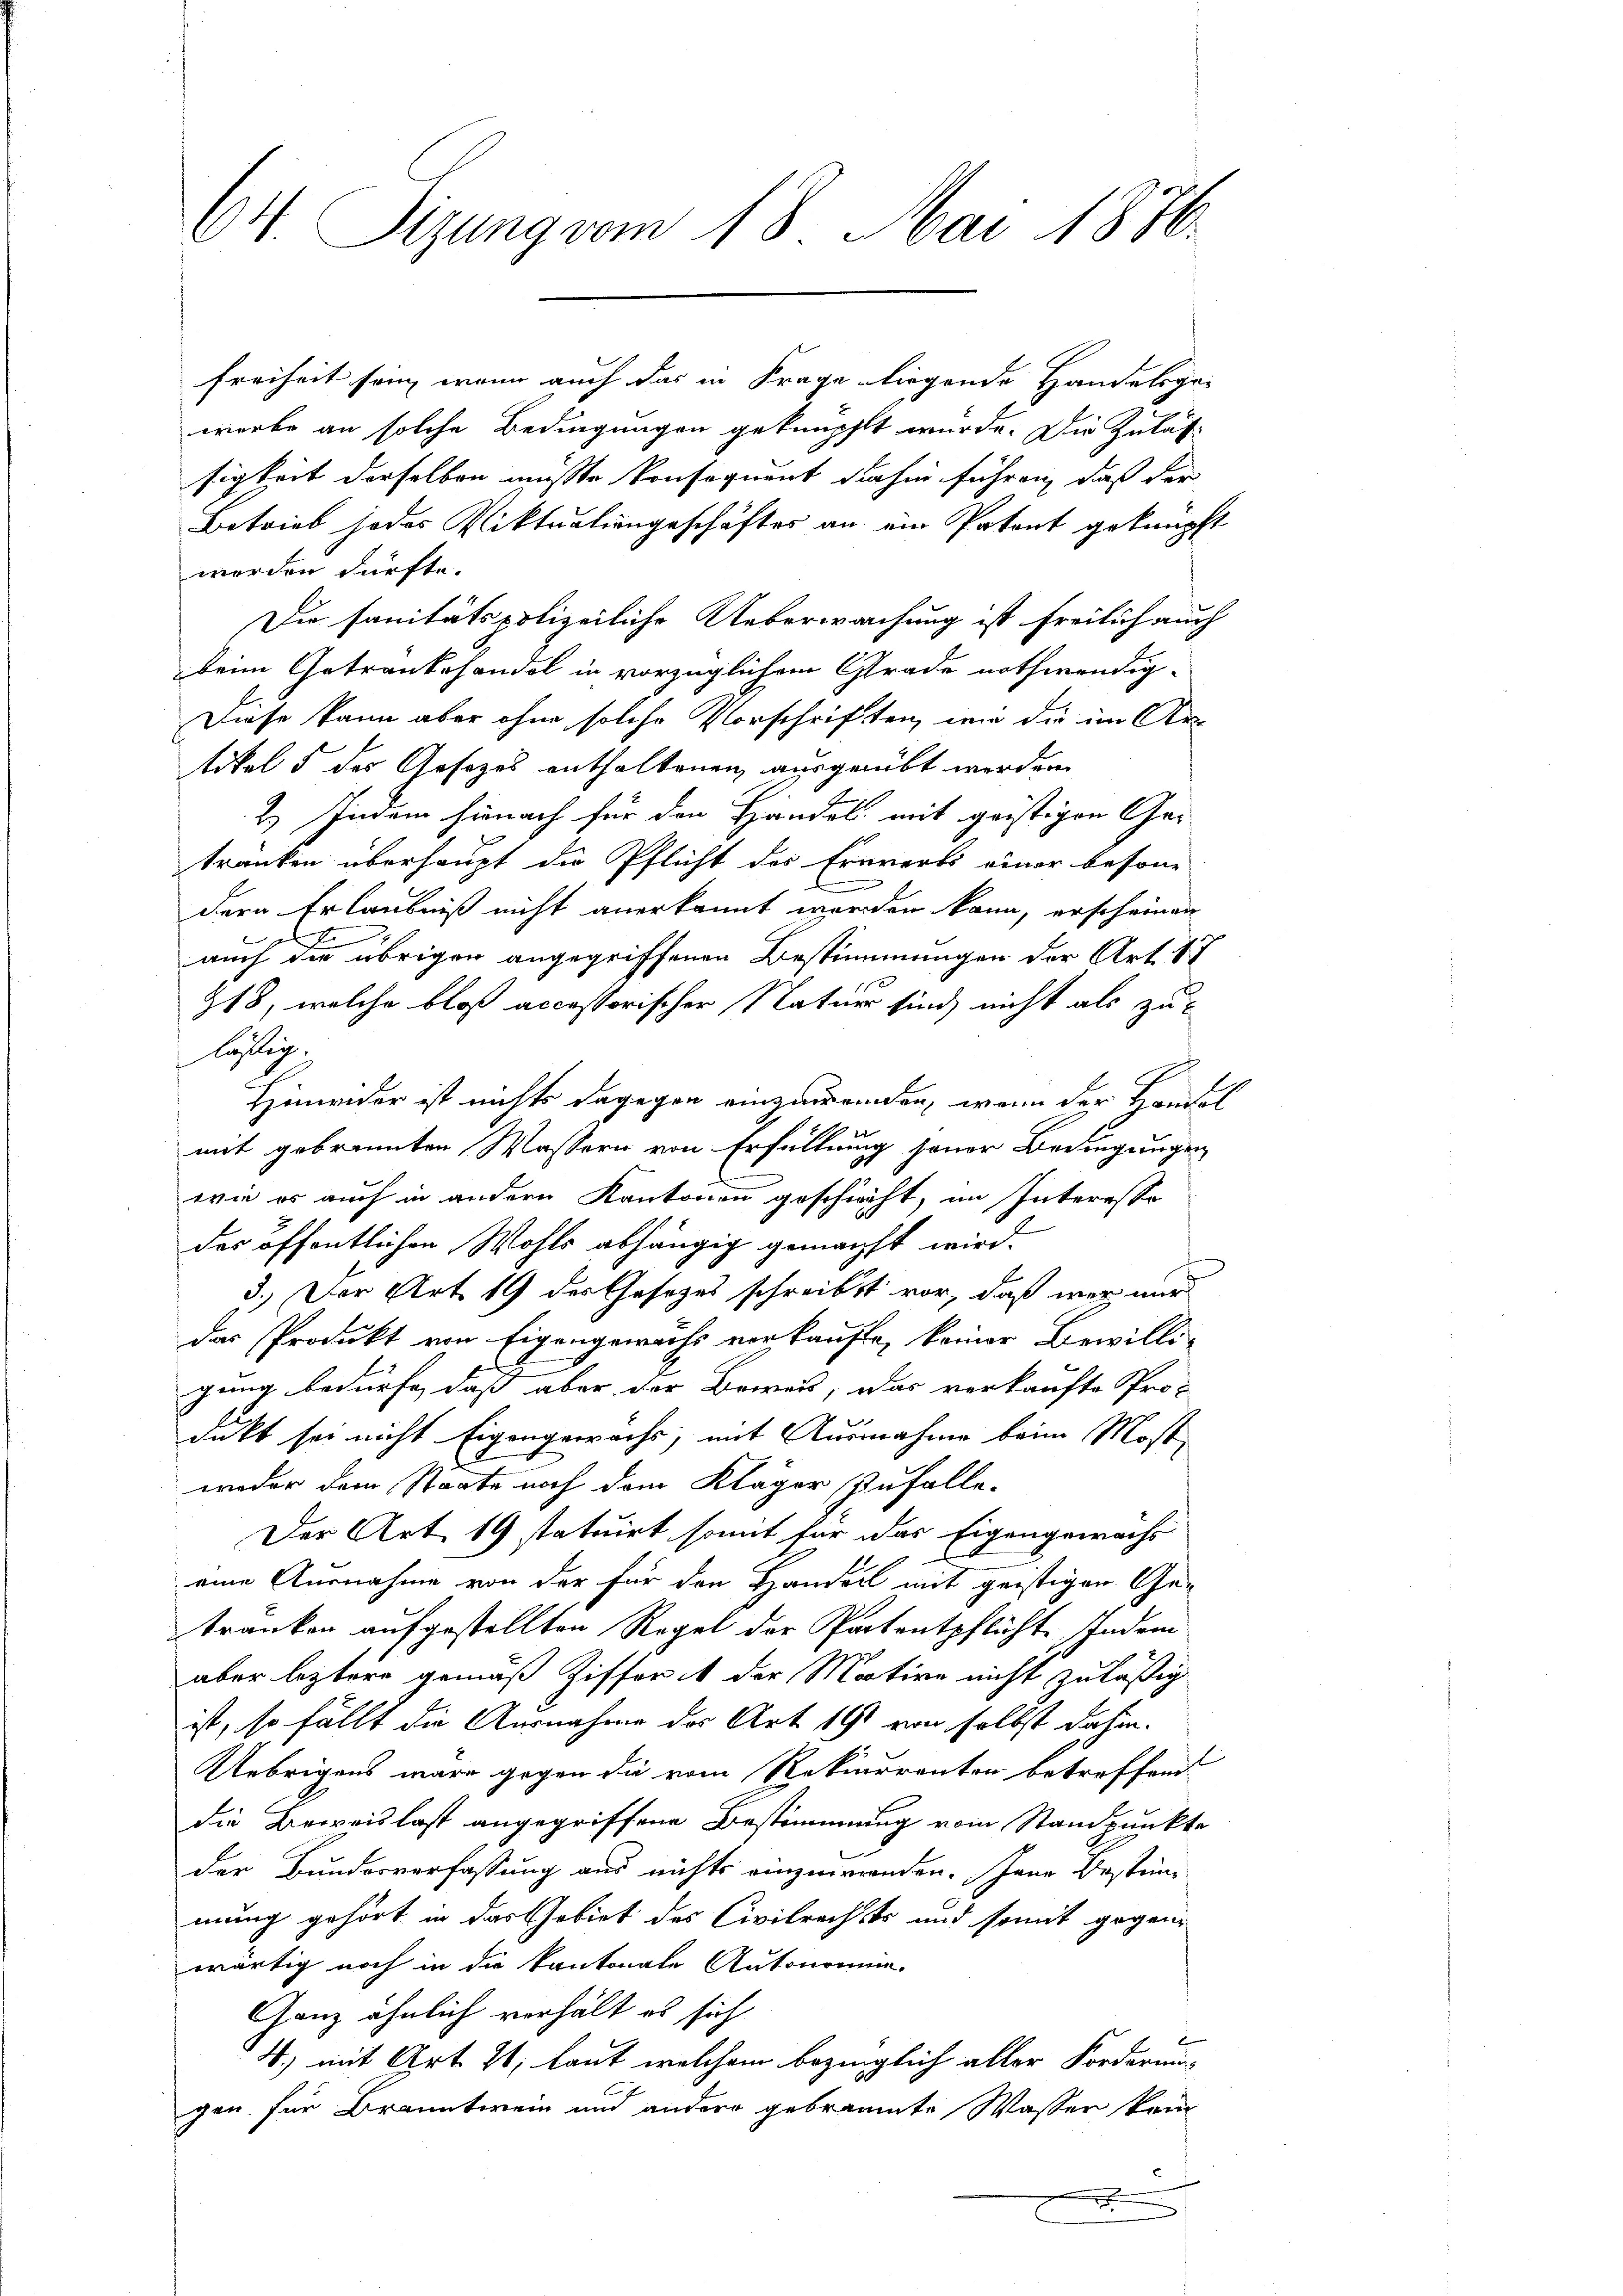
64. Sizung vom 18. Mai 1876.

Freiheit sein, wenn auch das in Frage liegende Handelsgewerbe an solche Bedingungen geknüpft wurde. Die Zulässigkeit derselben müsste konsequent dahin führen, daß der
Betrieb jedes Viktualiengeschäftes an ein Patent geknüpft
worden dürfte.
Die sanitätspolizeiliche Ueberwachung ist freilich auch
beim Getrankehandel in vorzüglichem Grade nothwendig-
Diese kann aber ohne solche Vorschriften, wie die im Artikel 5 des Gesetzes enthaltenen ausgeübt werden.
2.) Indem hienach für den Handel mit geistigen Getranken überhaupt die Pflicht des Erwerbs einer beson¬
.
dern Erlaubniß nicht anerkannt worden kann, erscheinen
e
auch die übrigen angegriffenen Bestimmungen der Art. 17
218, welche bloß accessorischer Statuer sind nicht als zulästig.
Hinwider ist nichts dagegen einzuwenden, wenn der Kambl
mit gebrannten Wassern von Erfüllung jener Bedingungen
wie er auch in andern Kantonen geschieht, im Interesse
des öffentlichen Wohls abhängig gemacht wird.
d.) Der Art. 19 des Gesetzes schreibst vor, daß wer nur
das Produkt von Eigengewachs vorkaufte, keiner Bewilli-
gung bedürfe, daß aber der Beweis, das verkaufte Pro-
dukt sei nicht Eigengewachs, mit Ausnahme beim Most
weder dem Staate noch dem Kläger Zufalle.
Der Art. 19 statuirt somit für das Eigengewachs
eine Ausnahme von der für den Handel mit geistigen Gekranken aufgestellten Regel der Partentpflicht. Indem
aber leztere gemäß Ziffert der Motive nicht zuläßig
ist, so fällt die Ausnahme des Art. 191 von selbst dahin.
Uebrigens wäre gegen die vom Rekurrenten betreffend
die Beweislast angegriffene Bestimmung vom Standpunkte
der Bundesverfassung aus nichts einzuwenden. Jene Bestimmung gehört in das Gebiet des Civilrechts und somit gegenwärtig noch in die kantonale Autonomie-
Ganz ähnlich verhält es sich
.
4.) mit Art. 21, laut welchem bezinglich aller Forderni-
gen für Branntwein und andere gebräumte Wasser kein